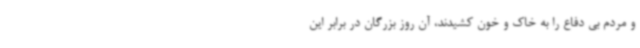
و مردم بی دفاع را به خاک و خون کشیدند، آن روز بزرگان در برابر این